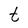
Character: t